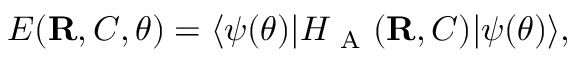
E ( { \mathbf { R } } , C , { \boldsymbol { \theta } } ) = \ensuremath { \langle { \psi ( { \boldsymbol { \theta } } ) } \rvert } H _ { \mathrm { ~ A ~ } } ( { \mathbf { R } } , C ) \ensuremath { \lvert { \psi ( { \boldsymbol { \theta } } ) } \rangle } ,